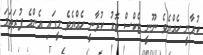
ކުރާނީ ހެއްޔެވެ ނޫނީ ޓެކްސް ބޮޑު ކުރާނީ ހެއްޔެވެ މީގައި އެންމެ ފުރަތަމަ